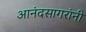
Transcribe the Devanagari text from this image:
आनंदसागरांनी